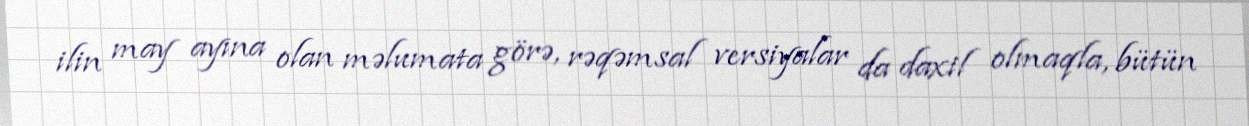
ilin may ayına olan məlumata görə, rəqəmsal versiyalar da daxil olmaqla, bütün